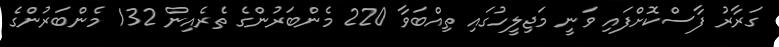
ގަރާރު ފާސްކޮށްފައި ވަނީ މަޖިލީހުގައި ތިއްބަވާ 220 މެންބަރުންގެ ތެރެއިން 132 މެންބަރުންގެ